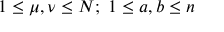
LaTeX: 1 \leq \mu , \nu \leq N ; \ 1 \leq a , b \leq n